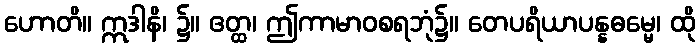
ဟောတိ။ ဣဒါနိ၊ ၌။ ဧတ္ထ၊ ဤကာမာဝစရဘုံ၌။ တေပရိယာပန္နဓမ္မေ၊ ထို